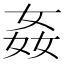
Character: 姦